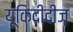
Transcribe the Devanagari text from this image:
यूकिदीदीज़